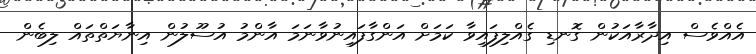
އެއްވެސް އިދާރާއަކުން ގޮނޑި ގެއްލިފައިވާ ކަމަށް އަންގާފައިނުވާނަމަ އާންމު އުސޫލުން އިނާޔަތްތައް ލިބެން